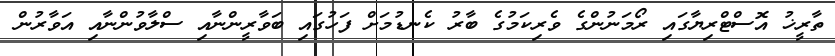
ތާރީޚު އޮސްޓްރިޔާގައި ރޯމަނުންގެ ވެރިކަމުގެ ބާރު ކެނޑުމަށް ފަހުގައި ބަވާރީންނާއި ސްލާވުންނާއި އަވާރުން